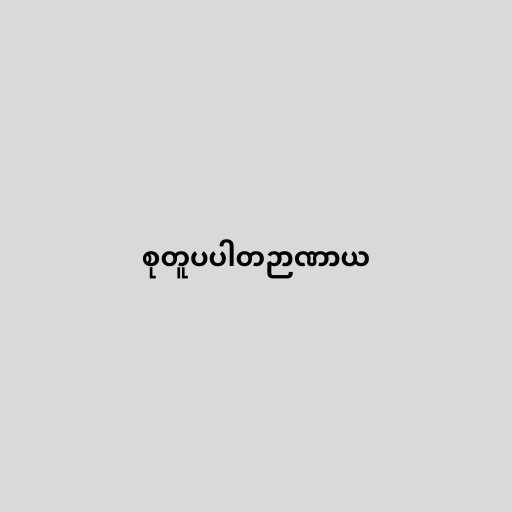
စုတူပပါတဉာဏာယ